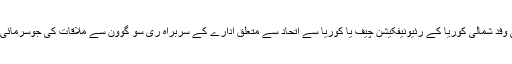
شمالی کوریا کے سرکاری ریڈیو کے مطابق جنوبی کوریائی وفد شمالی کوریا کے رئیونیفکیشن چیف یا کوریا سے اتحاد سے متعلق ادارے کے سربراہ ری سو گوون سے ملاقات کی جوسرمائی اولمپکس سے پہلے ہونے والے مذاکرات کا بھی حصہ تھے۔